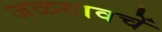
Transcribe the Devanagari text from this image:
जळगावचें